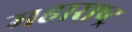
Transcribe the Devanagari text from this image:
महाराष्‍ट्र